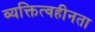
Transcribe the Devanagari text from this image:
व्यक्तित्वहीनता